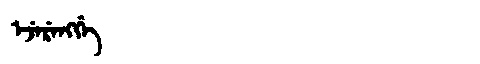
Manchu: ᡝᠵᡝᡵᡝᠩᡤᡝ
Romanization: EJERENGGE